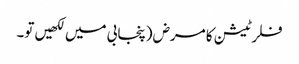
فلرٹیشن کا مرض (پنجابی میں لکھیں تو۔